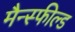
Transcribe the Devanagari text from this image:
मैन्स्फील्ड